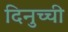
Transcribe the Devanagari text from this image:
दिनुच्ची